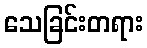
သေခြင်းတရား